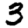
Digit: 3